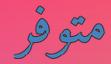
متوفر